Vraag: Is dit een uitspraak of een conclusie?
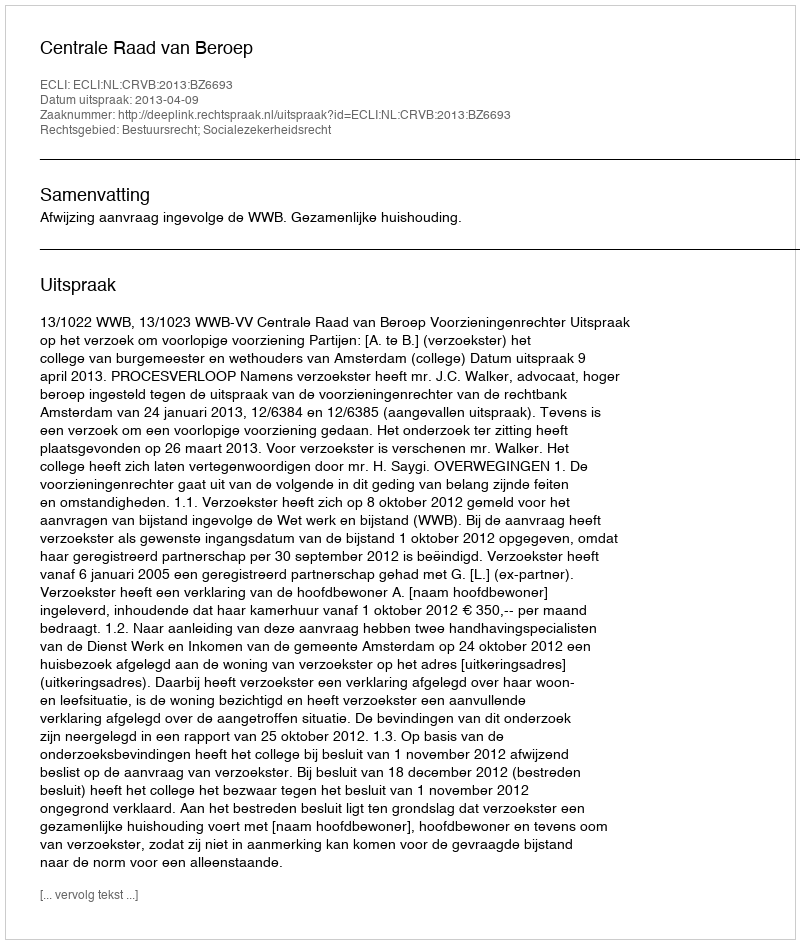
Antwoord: Uitspraak